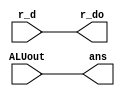
module mem(
   input [31:0] ALUout,
   input [4:0] r_d,
   output reg [31:0] ans,
   output reg [4:0] r_do
);

always @(*) begin
    ans = ALUout;
    r_do = r_d;
    $display("Mem/WB res=%d r_d=%d", ans, r_do);
end

endmodule